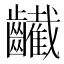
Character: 䶪